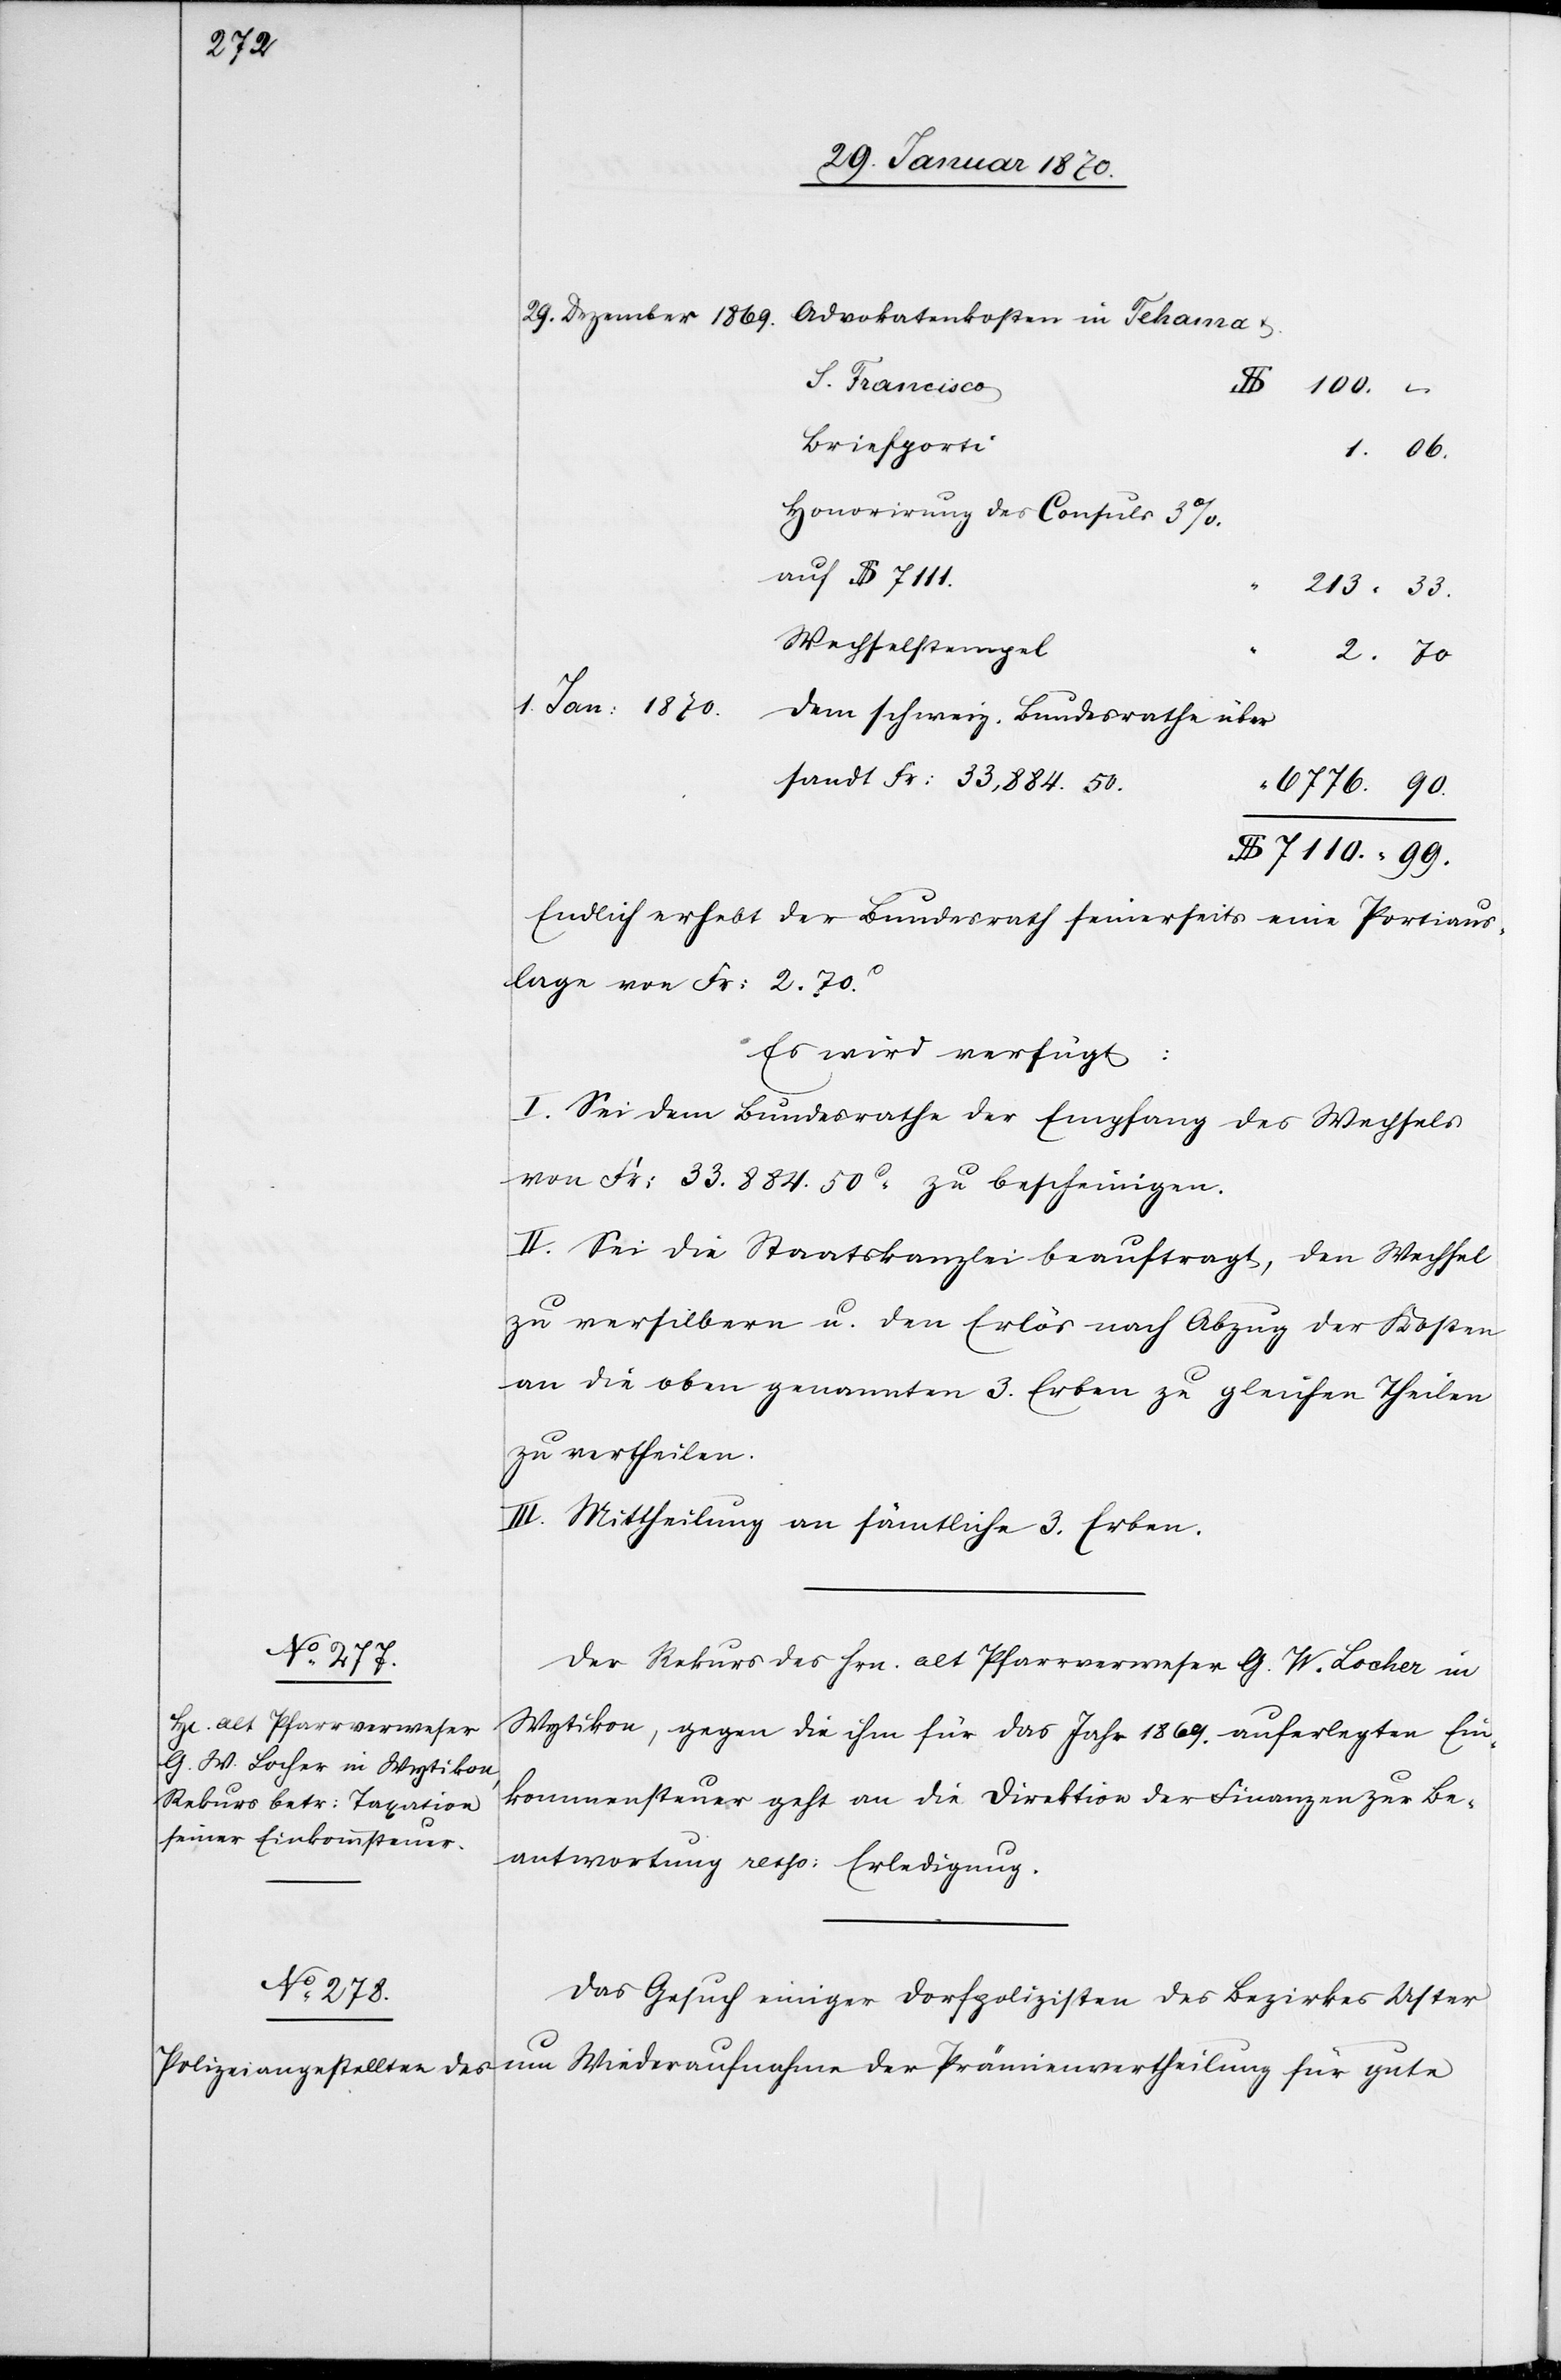
213.

S. Francisco
2.
100.
Briefporti
06.
Honorirung des Consuls 3%.
auf $ 7111.
Wechselstempel
31. Jenner 1870.]
dem schweiz. Bundesrathe über¬
sandt Fr: 33,884.50.
Endlich erhebt der Bundesrath seinerseits eine Portiaus¬
lage von Fr: 2. 70c.
Es wird verfügt:
I. Sei dem Bundesrathe der Empfang des Wechsels
von Fr: 33,884. 50c zu bescheinigen.
II. Sei die Staatskanzlei beauftragt, den Wechsel
zu versilbern u. den Erlös nach Abzug der Kosten
an die oben genannten 3. Erben zu gleichen Theilen
zu vertheilen.
III. Mittheilung an sämtliche 3. Erben.
Der Rekurs des Hrn. alt Pfarrverweser G. W. Locher in
Wytikon, gegen die ihm für das Jahr 1869. auferlegten Ein¬
kommensteuer geht an die Direktion der Finanzen zur Be¬
antwortung resp: Erledigung.
Das Gesuch einiger Dorfpolizisten des Bezirkes Uster
um Wiederaufnahme der Prämienvertheilung für gute